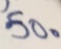
5 0 。